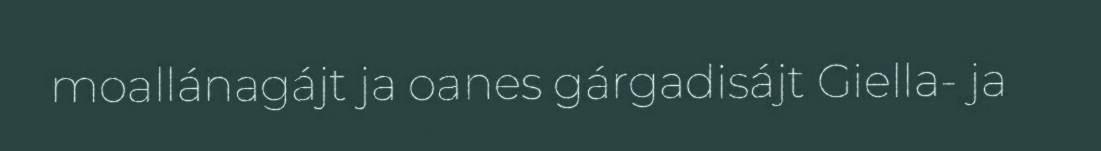
moallánagájt ja oanes gárgadisájt Giella- ja